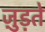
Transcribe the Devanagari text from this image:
जु़ड़ते